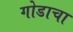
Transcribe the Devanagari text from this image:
गोडाचा